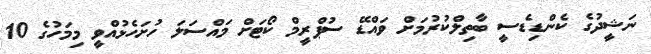
ނަޝީދުގެ ކެންޑިޑެސީ ބާތިލްކުރުމަށް ވައްޑޭ ސުޕްރީމް ކޯޓަށް މައްސަލަ ހުށަހެޅުއްވީ މިމަހުގެ 10